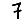
Digit: 7